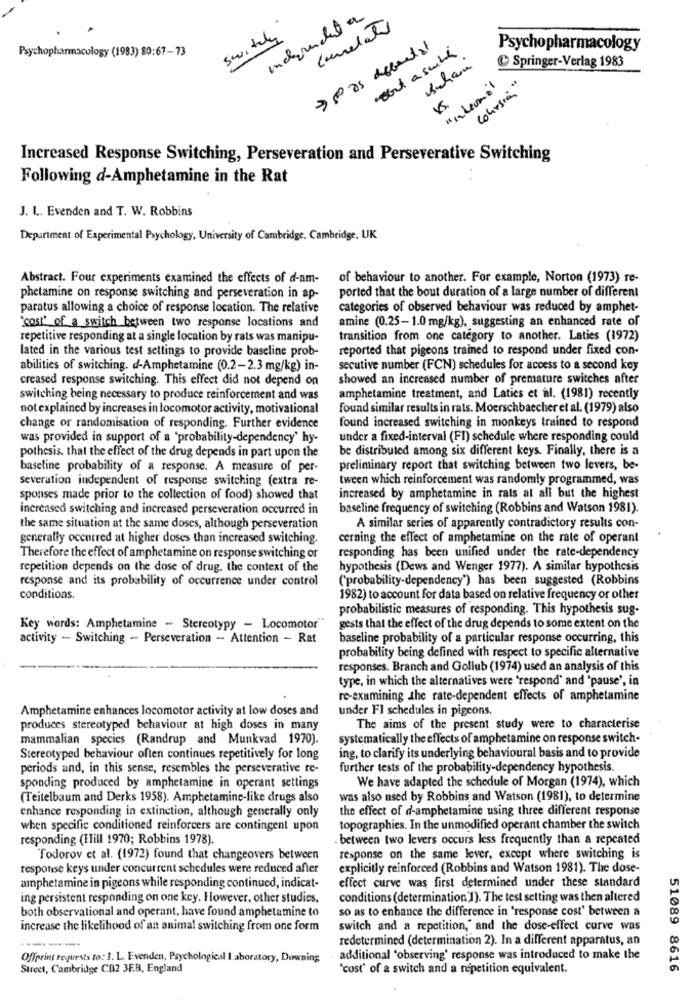
inclurenched a
Switch
correlato
Psychopharmacology (1983) 80:67-73
tout a smith
Psychopharmacology
& Springer-Verlag 1983
Auchan
"internal
cohesie"
Increased Response Switching, Perseveration and Perseverative Switching
Following d-Amphetamine in the Rat
J. L. Evenden and T. W. Robbins
Department of Experimental Psychology, University of Cambridge. Cambridge, UK
Abstract. Four experiments examined the effects of d-am-
of behaviour to another. For example, Norton (1973) re-
ported that the bout duration of a large number of different
phetamine on response switching and perseveration in ap-
paratus allowing a choice of response location. The relative
categories of observed behaviour was reduced by amphet-
amine (0.25-1.0 mg/kg), suggesting an enhanced rate of
'cost" of a switch between two response locations and
repetitive responding at a single location by rats was manipu-
transition from one category to another. Laties (1972)
lated in the various test settings to provide baseline prob-
reported that pigeons trained to respond under fixed con-
abilities of switching. d-Amphetamine (0.2-2.3 mg/kg) in-
secutive number (FCN) schedules for access to a second key
creased response switching. This effect did not depend on
showed an increased number of premature switches after
switching being necessary to produce reinforcement and was
amphetamine treatment, and Laties et al. (1981) recently
not explained by increases in locomotor activity, motivational
found similar results in rats. Moerschbaccher et al. (1979) also
found increased switching in monkeys trained to respond
change or randomisation of responding. Further evidence
was provided in support of a 'probability-dependency' hy-
under a fixed-interval (FI) schedule where responding could
be distributed among six different keys. Finally, there is a
pothesis. that the effect of the drug depends in part upon the
baseline probability of a response. A measure of per-
preliminary report that switching between two levers, be-
severation independent of response switching (extra re-
tween which reinforcement was randomly programmed, was
spouses made prior to the collection of food) showed that
increased by amphetamine in rats at all but the highest
increased switching and increased perseveration occurred in
baseline frequency of switching (Robbins and Watson 1981).
the same situation at the same doses, although perseveration
A similar series of apparently contradictory results con-
generally occurred at higher doses than increased switching.
cerning the effect of amphetamine on the rate of operant
Therefore the effect of amphetamine on response switching or
responding has been unified under the rate-dependency
repetition depends on the dose of drug, the context of the
hypothesis (Dews and Wenger 1977). A similar hypothesis
response and its probability of occurrence under control
(probability-dependency') has been suggested (Robbins
conditions.
1982) to account for data based on relative frequency or other
probabilistic measures of responding. This hypothesis sug-
Key words: Amphetamine - Stereotypy - Locomotor"
gests that the effect of the drug depends to some extent on the
activity - Switching - Perseveration - Attention - Rat
baseline probability of a particular response occurring, this
probability being defined with respect to specific alternative
responses. Branch and Gollub (1974) used an analysis of this
type, in which the alternatives were 'respond' and 'pause', in
re-examining the rate-dependent effects of amphetamine
Amphetamine enhances locomotor activity at low doses and
under Fl schedules in pigeons.
produces stereotyped behaviour at high doses in many
The aims of the present study were to characterise
mammalian species (Randrup and Munkvad 1970).
systematically the effects of amphetamine on response switch-
Stereotyped behaviour often continues repetitively for long
ing, to clarify its underlying behavioural basis and to provide
periods and, in this sense, resembles the perseverative re-
further tests of the probability-dependency hypothesis.
sponding produced by amphetamine in operant settings
We have adapted the schedule of Morgan (1974), which
(Teitelbaum and Derks 1958). Amphetamine-like drugs also
was also used by Robbins and Watson (1981), to determine
enhance responding in extinction, although generally only
the effect of d-amphetamine using three different response
when specific conditioned reinforcers are contingent upon
topographies. In the unmodified operant chamber the switch
responding (Hill 1970; Robbins 1978).
between two levers occurs less frequently than a repeated
Todorov et al. (1972) found that changeovers between
response on the same lever, except where switching is
response keys under concurrent schedules were reduced after
explicitly reinforced (Robbins and Watson 1981). The dose-
amphetamine in pigeons while responding continued, indicat-
effect curve was first determined under these standard
ing persistent responding on one key. However, other studies,
conditions (determination 1). The test setting was then altered
both observational and operant, have found amphetamine to
so as to enhance the difference in 'response cost' between a
increase the likelihood of an animal switching from one form
switch and a repetition," and the dose-effect curve was
redetermined (determination 2). In a different apparatus, an
---
Offprint requests to: I. L. Evenden, Psychological laboratory, Downing
additional 'observing' response was introduced to make the
Street, Cambridge CB2 3F.B. England
'cost' of a switch and a repetition equivalent.
51089 8616